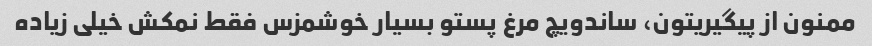
ممنون از پیگیریتون، ساندویچ مرغ پستو بسیار خوشمزس فقط نمکش خیلی زیاده